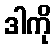
ဒါကို